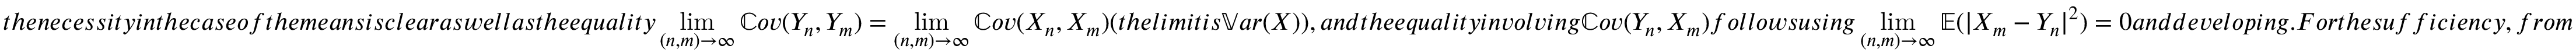
t h e n e c e s s i t y i n t h e c a s e o f t h e m e a n s i s c l e a r a s w e l l a s t h e e q u a l i t y \displaystyle \operatorname* { l i m } _ { ( n , m ) \to \infty } \mathbb { C } o v ( Y _ { n } , Y _ { m } ) = \displaystyle \operatorname* { l i m } _ { ( n , m ) \to \infty } \mathbb { C } o v ( X _ { n } , X _ { m } ) ( t h e l i m i t i s \mathbb { V } a r ( X ) ) , a n d t h e e q u a l i t y i n v o l v i n g \mathbb { C } o v ( Y _ { n } , X _ { m } ) f o l l o w s u s i n g \displaystyle \operatorname* { l i m } _ { ( n , m ) \to \infty } \mathbb { E } ( | X _ { m } - Y _ { n } | ^ { 2 } ) = 0 a n d d e v e l o p i n g . F o r t h e s u f f i c i e n c y , f r o m